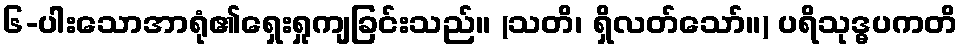
၆-ပါးသောအာရုံ၏ရှေးရှုကျခြင်းသည်။ (သတိ၊ ရှိလတ်သော်။) ပရိသုဒ္ဓပကတိ